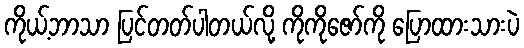
ကိုယ့်ဘာသာ ပြင်တတ်ပါတယ်လို့ ကိုကိုဇော်ကို ပြောထားသားပဲ